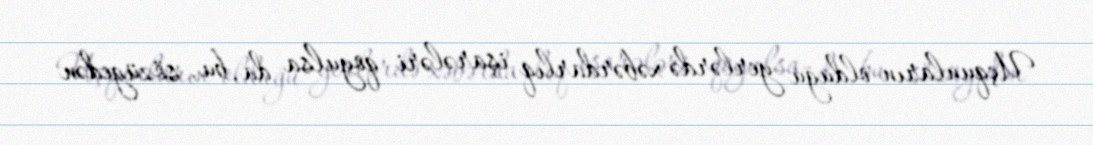
Uçqunların olduğu yerlərdə xəbərdarlıq işarələri qoyulsa da, bu, sözügedən